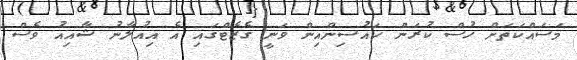
މަސައްކަތަށް ހުސް ކުރަން ހައުސިންއިން ވަނީ ގެޒެޓްގައި އެ އިއުލާނު ޝާއިއު ވެސް